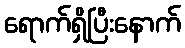
ရောက်ရှိပြီးနောက်